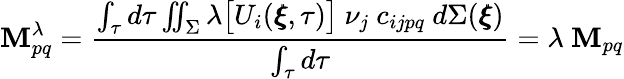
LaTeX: \mathbf{M}_{pq}^{\lambda}=\frac{\int_{\tau}d\tau\iint_{\Sigma}\lambda\big[U_{i}(\pmb{\xi},\tau)\big]~\nu_{j}~c_{ijpq}~d\Sigma(\pmb{\xi})}{\int_{\tau}d\tau}=\lambda~\mathbf{M}_{pq}